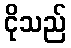
ငိုသည်